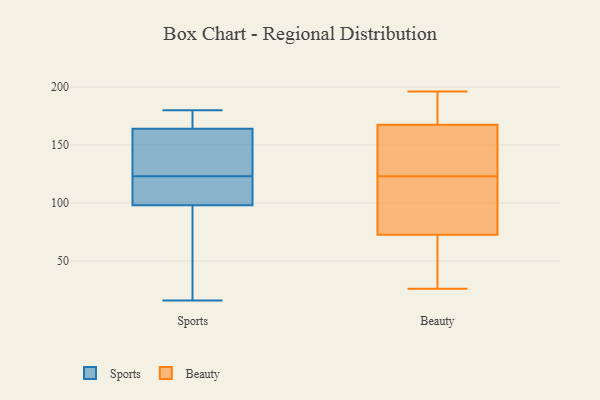
{"axis": {"x": "Demand Index", "y": "Value"}, "legend": ["Beauty", "Sports"], "data": [{"x": "", "y": 98, "type": "Sports"}, {"x": "", "y": 180, "type": "Sports"}, {"x": "", "y": 164, "type": "Sports"}, {"x": "", "y": 16, "type": "Sports"}, {"x": "", "y": 92, "type": "Sports"}, {"x": "", "y": 119, "type": "Sports"}, {"x": "", "y": 117, "type": "Sports"}, {"x": "", "y": 146, "type": "Sports"}, {"x": "", "y": 127, "type": "Sports"}, {"x": "", "y": 169, "type": "Sports"}, {"x": "", "y": 53, "type": "Beauty"}, {"x": "", "y": 168, "type": "Beauty"}, {"x": "", "y": 68, "type": "Beauty"}, {"x": "", "y": 184, "type": "Beauty"}, {"x": "", "y": 169, "type": "Beauty"}, {"x": "", "y": 123, "type": "Beauty"}, {"x": "", "y": 116, "type": "Beauty"}, {"x": "", "y": 166, "type": "Beauty"}, {"x": "", "y": 86, "type": "Beauty"}, {"x": "", "y": 196, "type": "Beauty"}, {"x": "", "y": 26, "type": "Beauty"}, {"x": "", "y": 158, "type": "Beauty"}, {"x": "", "y": 137, "type": "Beauty"}, {"x": "", "y": 48, "type": "Beauty"}, {"x": "", "y": 119, "type": "Beauty"}]}